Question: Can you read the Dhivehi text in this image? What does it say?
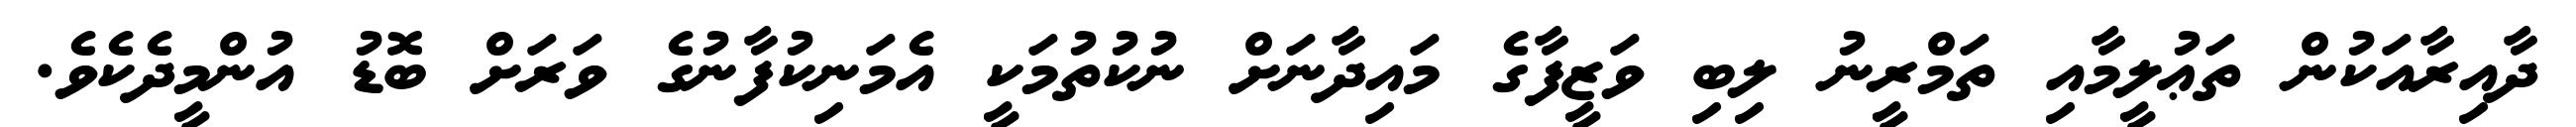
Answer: ދާއިރާއަކުން ތަޢުލީމާއި ތަމްރީނު ލިބި ވަޒީފާގެ މައިދާނަށް ނުކުތުމަކީ އެމަނިކުފާނުގެ ވަރަށް ބޮޑު އުންމީދެކެވެ.